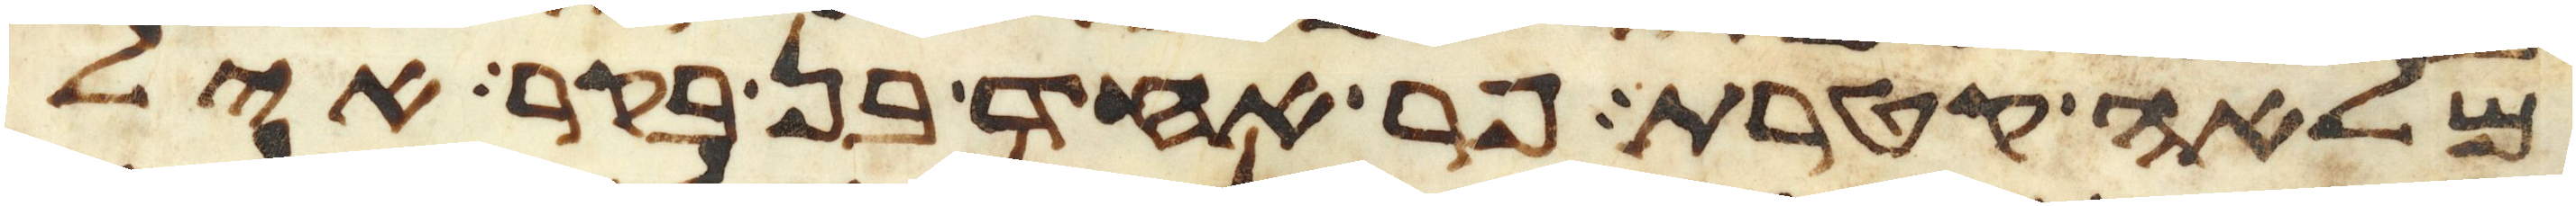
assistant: מלאה קטרת פר אחד בן בקר איל